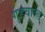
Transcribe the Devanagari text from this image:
गुडवाल्ड